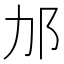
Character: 𬩳